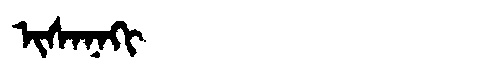
Manchu: ᡳᠰᠠᠨᠠᡴᡳ
Romanization: ISANAKI